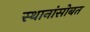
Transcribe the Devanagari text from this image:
स्थानांसोबत